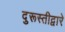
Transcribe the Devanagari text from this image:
दुरूस्तीद्वारे